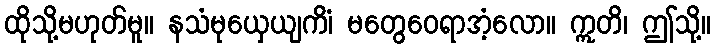
ထိုသို့မဟုတ်မူ။ နသံမုယှေယျကိံ၊ မတွေဝေရာအံ့လော။ ဣတိ၊ ဤသို့။